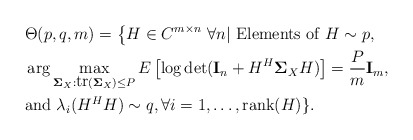
\begin{align*} &\Theta(p,q,m)=\left\{H\in C^{m\times n}\ \forall n|\mbox{ Elements of }H\sim p,\right.\\&\arg\max_{\mathbf{\Sigma}_{X}:\mbox{tr}(\mathbf{\Sigma}_{X})\leq P}E\left[\log \det(\textbf{I}_{n}+H^H\mathbf{\Sigma}_XH)\right]=\frac{P}{m}\textbf{I}_m , \\&\mbox{and }\lambda_i(H^HH)\sim q, \forall i=1,\ldots,\mbox{rank}(H)\}.\end{align*}